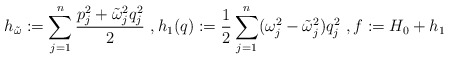
\begin{align*}h_{\tilde \omega}:=\sum_{j=1}^{n}\frac{p_j^2+\tilde \omega_j^2q_j^2}{2}\ , h_1(q):=\frac{1}{2}\sum_{j=1}^{n}(\omega_j^2-\tilde\omega_j^2)q_j^2\ ,f:=H_0+h_1\end{align*}